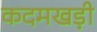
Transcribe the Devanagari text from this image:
कदमखड़ी